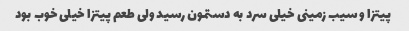
پیتزا و سیب زمینی خیلی سرد به دستمون رسید ولی طعم پیتزا خیلی خوب بود